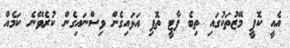
އެއީ ކޮފީ މޭޒުތަކުގައި ތިބެ ޕާޓީ ތޮފި އަޅައިގެން ވިސްނައިގެން ކުރެވޭނެ ކަމެއް